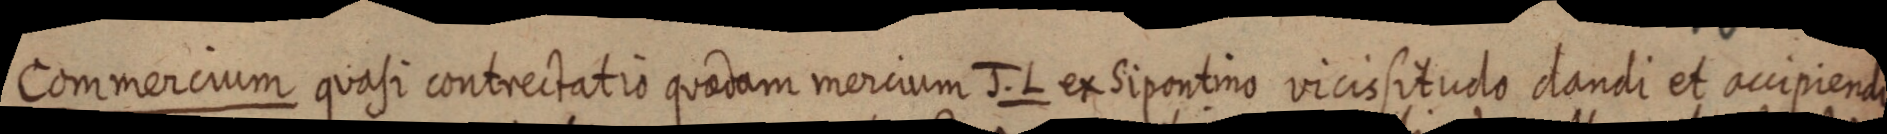
Commercium quasi contrectatio quaedam mercium J. L ex Sipontino vicissitudo dandi et accipiendi